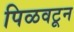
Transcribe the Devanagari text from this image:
पिळवटून